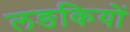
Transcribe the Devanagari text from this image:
लङकियों